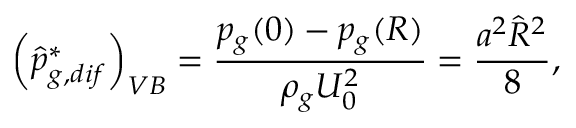
\left( \hat { p } _ { g , d i f } ^ { * } \right) _ { V B } = \frac { p _ { g } ( 0 ) - p _ { g } ( R ) } { \rho _ { g } U _ { 0 } ^ { 2 } } = \frac { a ^ { 2 } \hat { R } ^ { 2 } } { 8 } ,